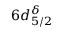
6 d _ { 5 / 2 } ^ { \delta }